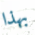
بهذا